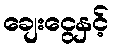
ချေးငွေနှင့်